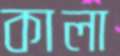
কালা